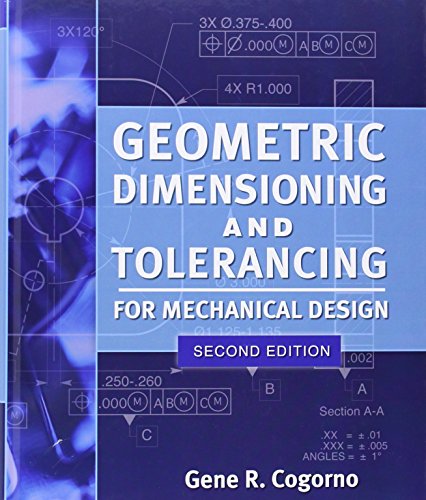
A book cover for Geometric Dimensioning and Tolerancing for Mechanical Design 2/E; Gene Cogorno; Engineering & Transportation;